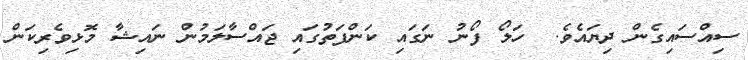
ސިއްސައިގެން ދިޔައެވެ.  ހަލޯ ފޯނު ނަގައި ކަންފަތުގައި ޖައްސާލަމުން ނައިޝާ މޮޅިވެރިކަން